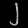
Digit: ၂